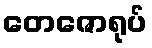
တေဇောရုပ်